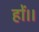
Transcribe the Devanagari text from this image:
हों।।